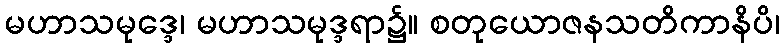
မဟာသမုဒ္ဒေ၊ မဟာသမုဒ္ဒရာ၌။ စတုယောဇနသတိကာနိပိ၊